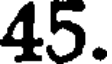
45.